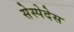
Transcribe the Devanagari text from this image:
सेस्पेदेस